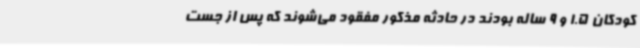
کودکان 1.5 و 9 ساله بودند در حادثه مذکور مفقود می‌شوند که پس از جست